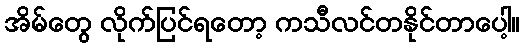
အိမ်တွေ လိုက်ပြင်ရတော့ ကသီလင်တနိုင်တာပေါ့။